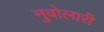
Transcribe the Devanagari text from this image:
नुवोलारी